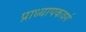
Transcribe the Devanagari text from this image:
प्राध्यापकवर्ग